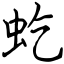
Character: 虼